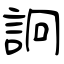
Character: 詗